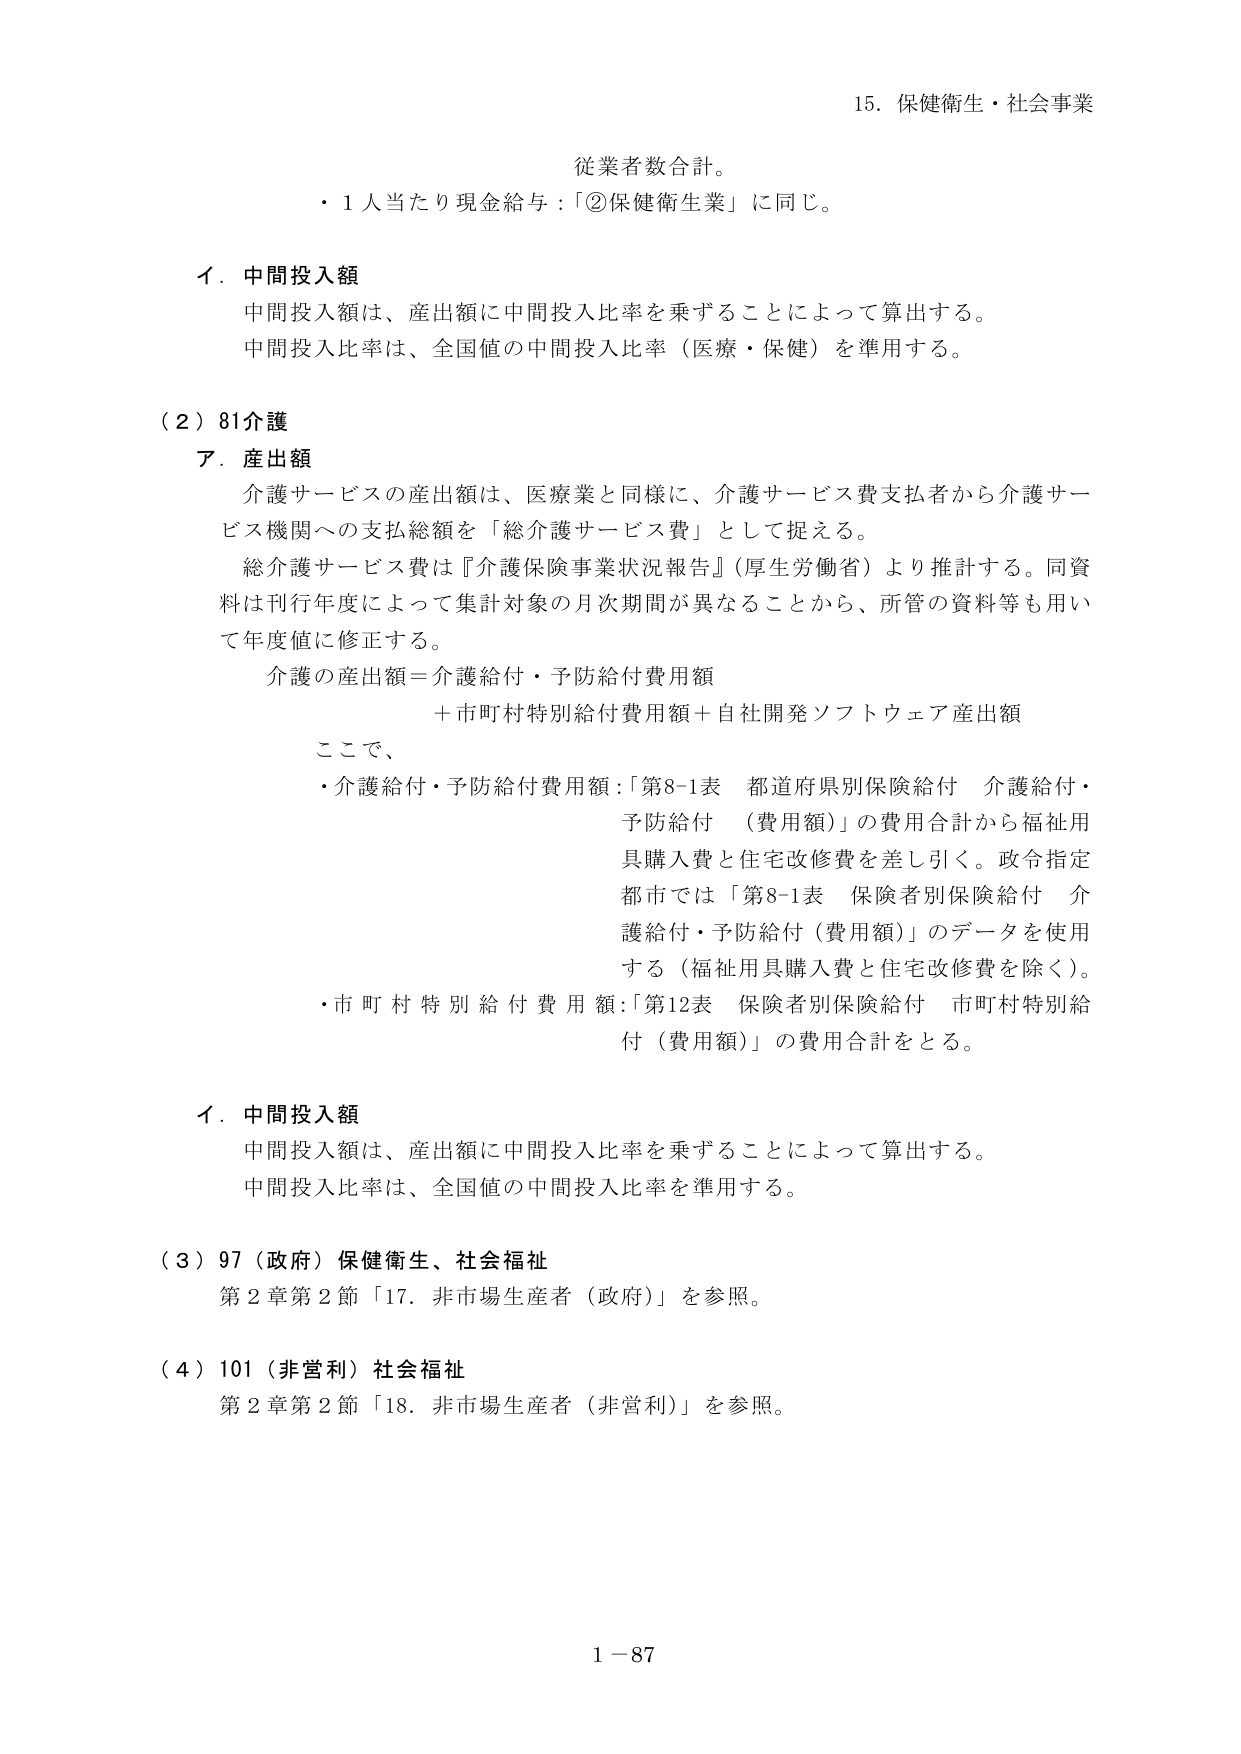
15. 保健衛生・社会事業

従業者数合計。
・1人当たり現金給与：「②保健衛生業」に同じ。

イ．中間投入額
中間投入額は、産出額に中間投入比率を乗ずることによって算出する。
中間投入比率は、全国値の中間投入比率（医療・保健）を準用する。

（2）81介護
ア．産出額
介護サービスの産出額は、医療業と同様に、介護サービス費支払者から介護サービス機関への支払総額を「総介護サービス費」として捉える。
総介護サービス費は『介護保険事業状況報告』（厚生労働省）より推計する。同資料は刊行年度によって集計対象の月次期間が異なることから、所管の資料等も用いて年度値に修正する。
介護の産出額＝介護給付・予防給付費用額
＋市町村特別給付費用額＋自社開発ソフトウェア産出額
ここで、
・介護給付・予防給付費用額：「第8-1表 都道府県別保険給付 介護給付・予防給付（費用額）」の費用合計から福祉用具購入費と住宅改修費を差し引く。政令指定都市では「第8-1表 保険者別保険給付 介護給付・予防給付（費用額）」のデータを使用する（福祉用具購入費と住宅改修費を除く）。
・市町村特別給付費用額：「第12表 保険者別保険給付 市町村特別給付（費用額）」の費用合計をとる。

イ．中間投入額
中間投入額は、産出額に中間投入比率を乗ずることによって算出する。
中間投入比率は、全国値の中間投入比率を準用する。

（3）97（政府）保健衛生、社会福祉
第2章第2節「17．非市場生産者（政府）」を参照。

（4）101（非営利）社会福祉
第2章第2節「18．非市場生産者（非営利）」を参照。

1－87